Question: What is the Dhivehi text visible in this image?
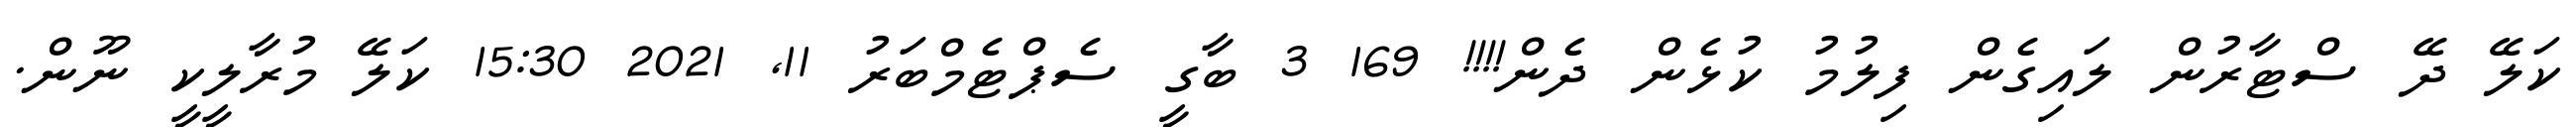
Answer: ކަލޭ ދޭ ސްޓާރުން ލައިގެން ފިލުމު ކުޅެން ދެން!!!! 169 3 ބާގީ ސެޕްޓެމްބަރު 11, 2021 15:30 ކަލޭ މުރާލީކީ ނޫން.